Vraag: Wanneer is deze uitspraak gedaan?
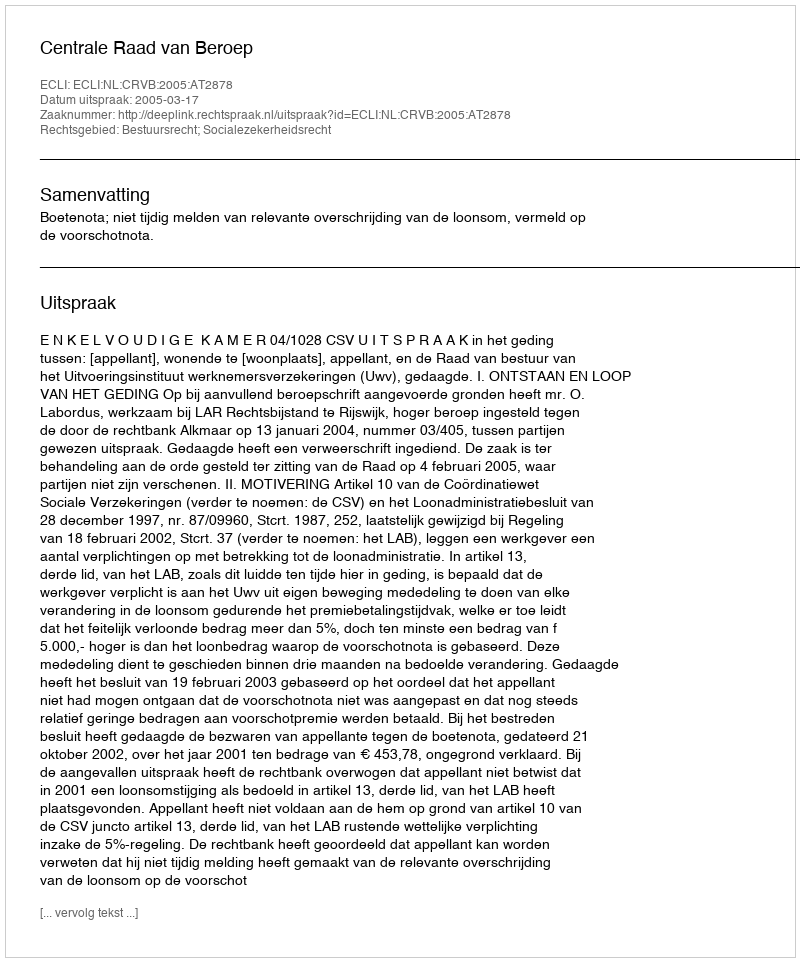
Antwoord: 2005-03-17